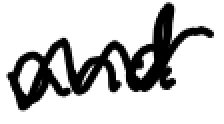
Text: and
Cross-out: wave
Writing tool: digital_black